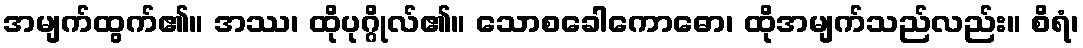
အမျက်ထွက်၏။ အဿ၊ ထိုပုဂ္ဂိုလ်၏။ သောစခေါကောဓော၊ ထိုအမျက်သည်လည်း။ စိရံ၊